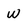
Character: W